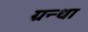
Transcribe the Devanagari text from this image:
ग्रन्था